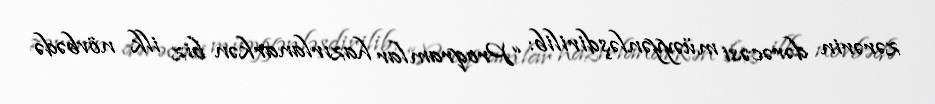
zərərin dərəcəsi müəyyənləşdirilib: “Proqramlar hazırlanarkən biz ilk növbədə